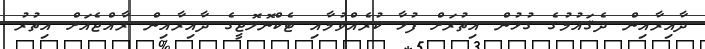
ދާއިރާއިން ދެޤައުމުގެ ގުޅުން އިތުރަށް ފުޅާ ކުރެއްވުމާއި ޓެކްނޮލޮޖީގެ ދާއިރާއިން ރާއްޖެއަށް އިތުރު